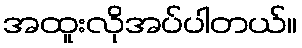
အထူးလိုအပ်ပါတယ်။